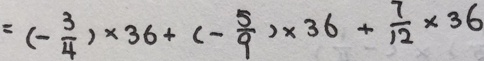
= ( - \frac { 3 } { 4 } ) \times 3 6 + ( - \frac { 5 } { 9 } ) \times 3 6 + \frac { 7 } { 1 2 } \times 3 6